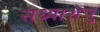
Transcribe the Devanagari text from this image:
संध्याशेषु